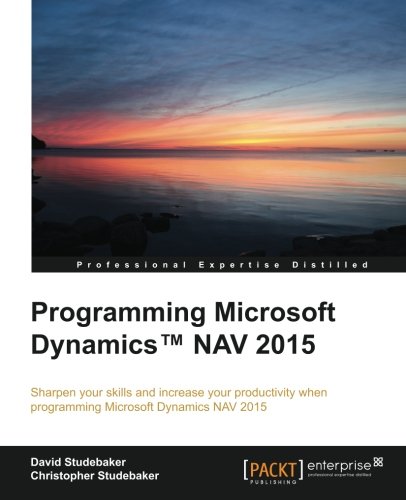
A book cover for Programming Microsoft DynamicsEE¢ NAV 2015; David Studebaker; Computers & Technology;